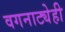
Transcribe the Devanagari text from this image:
वगनाट्येही